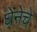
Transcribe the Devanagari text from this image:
घेनेचे